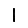
Digit: 1